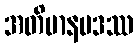
အတိမာနမဒဿ